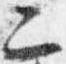
二